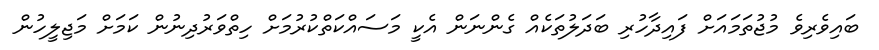
ބައިވެރިވެ މުޖުތަމައަށް ފައިދާހުރި ބަދަލުތަކެއް ގެންނަން އެކީ މަސައްކަތްކުރުމަށް ހިތްވަރުދިނުން ކަމަށް މަޖިލީހުން